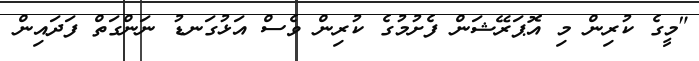
"މީގެ ކުރިން މި އޮޕަރޭޝަން ފެށުމުގެ ކުރިން ވެސް އަޅުގަނޑު ނަންގަތް ފަދައިން